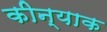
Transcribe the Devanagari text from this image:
कीन्याक